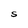
Character: S